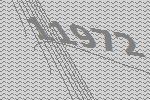
11972